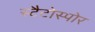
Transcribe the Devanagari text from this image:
स्टैटोस्पोर